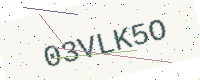
Text: 03VLK5O